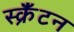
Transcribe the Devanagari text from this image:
स्क्रॅंटन